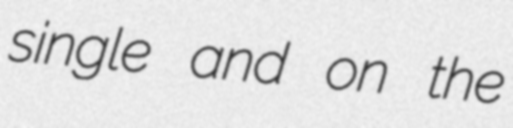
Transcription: single and on the